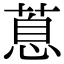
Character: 蒠